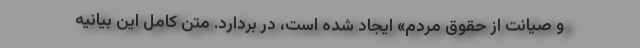
و صیانت از حقوق مردم» ایجاد شده است، در بردارد. متن کامل این بیانیه